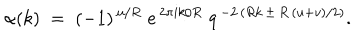
LaTeX: \alpha ( k ) \; = \; ( - 1 ) ^ { \, u / R } \; e ^ { \, 2 \pi i k / R } \; q ^ { \, - 2 \, ( R k \, \pm \, R \, ( u + v ) / 2 ) } .